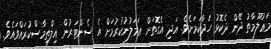
މަޢުލޫމާތު ދޭން ދެކޮޅު ހަދާކަމަށެވެ. އަދި އެގޮތަށް ޢަމަލުނުކުރުމަށް އެ ސެންޓަރުން އިލްތިމާސްކުރައްވައެވެ.